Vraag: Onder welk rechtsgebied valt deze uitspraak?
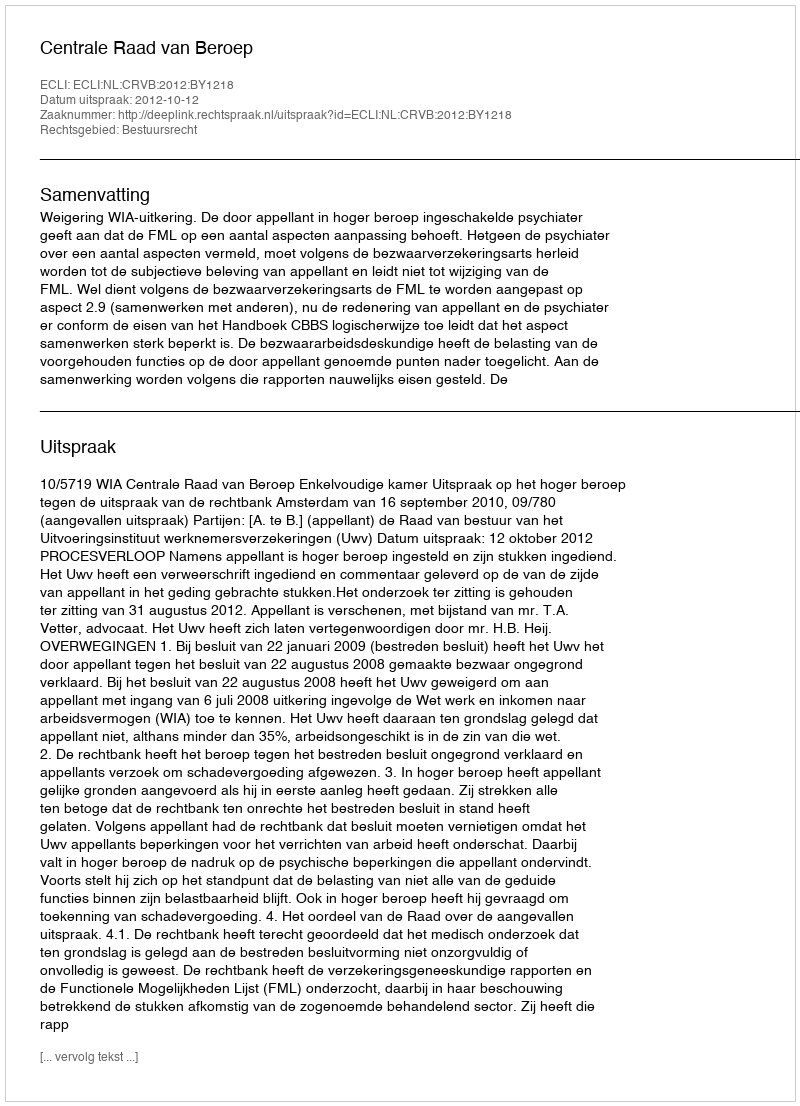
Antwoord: Bestuursrecht